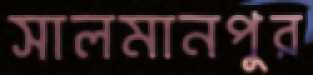
সালমানপুর